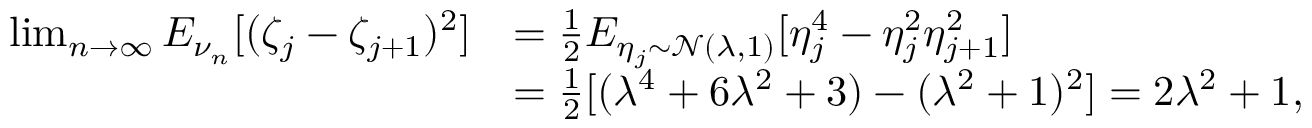
\begin{array} { r l } { \operatorname* { l i m } _ { n \to \infty } E _ { \nu _ { n } } [ ( \zeta _ { j } - \zeta _ { j + 1 } ) ^ { 2 } ] } & { = \frac { 1 } { 2 } E _ { \eta _ { j } \sim \mathcal { N } ( \lambda , 1 ) } [ \eta _ { j } ^ { 4 } - \eta _ { j } ^ { 2 } \eta _ { j + 1 } ^ { 2 } ] } \\ & { = \frac { 1 } { 2 } [ ( \lambda ^ { 4 } + 6 \lambda ^ { 2 } + 3 ) - ( \lambda ^ { 2 } + 1 ) ^ { 2 } ] = 2 \lambda ^ { 2 } + 1 , } \end{array}